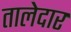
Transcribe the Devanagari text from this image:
तालेदार